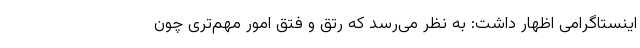
اینستاگرامی اظهار داشت: به نظر می‌رسد که رتق و فتق امور مهم‌تری چون